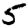
Digit: 5